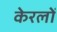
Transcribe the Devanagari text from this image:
केरलों